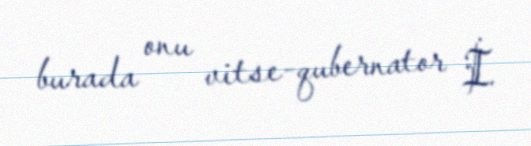
burada onu vitse-qubernator İ.